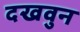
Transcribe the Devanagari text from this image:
दखवुन